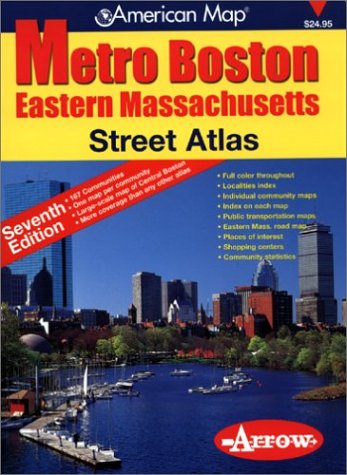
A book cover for Metro Boston, Eastern Massachusetts, Street Atlas (Metro Boston Eastern Masschusetts Street Atlas)(7th Edition); Arrow; Travel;